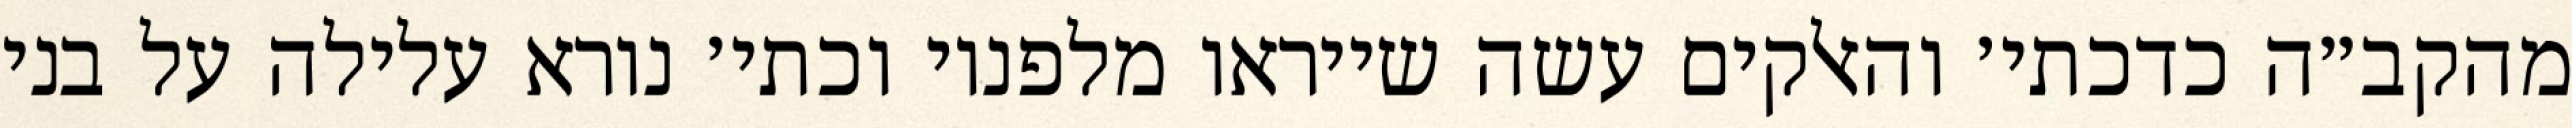
מהקב״ה כדכתי׳ והאלקים עשה שייראו מלפניו וכתי׳ נורא עלילה על בני